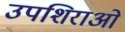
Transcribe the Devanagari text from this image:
उपशिराओं